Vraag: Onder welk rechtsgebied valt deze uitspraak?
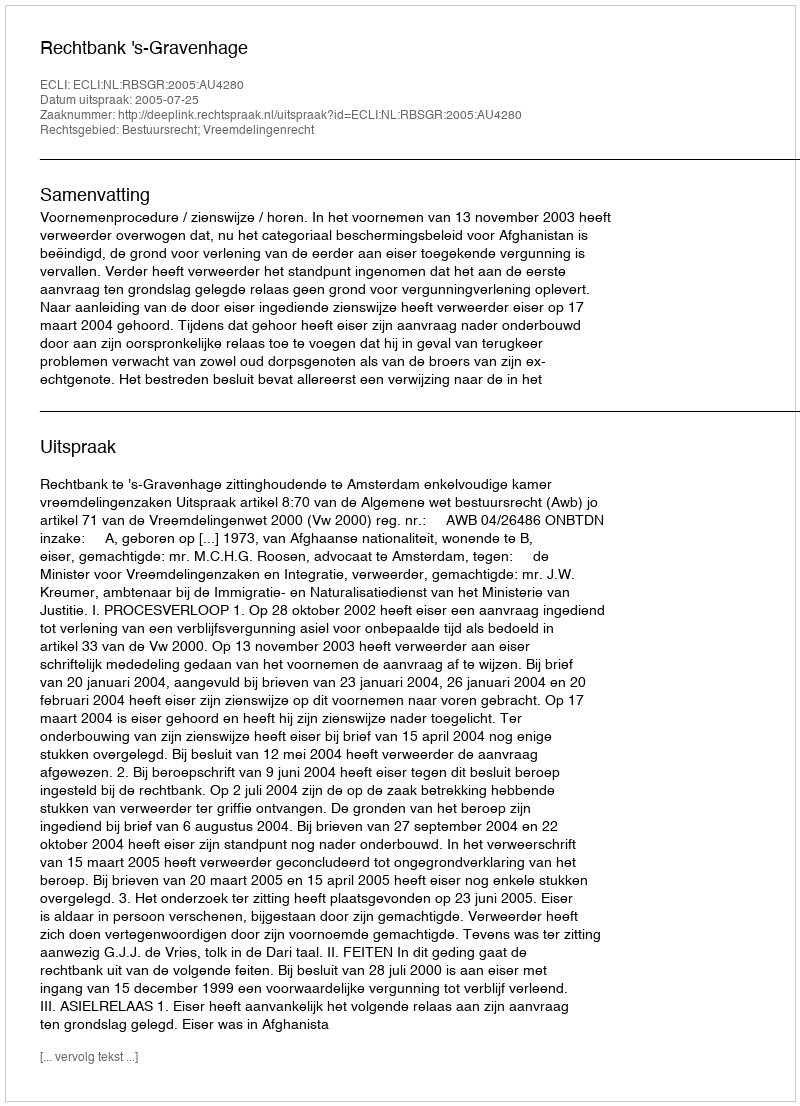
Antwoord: Bestuursrecht; Vreemdelingenrecht